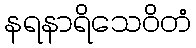
နရနာရိသေဝိတံ